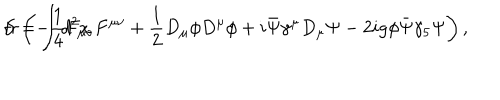
LaTeX: S = \int d ^ { 2 } x \hspace { 1 m m } \mathrm { t r } \left( - \frac { 1 } { 4 } F _ { \mu \nu } F ^ { \mu \nu } + \frac { 1 } { 2 } D _ { \mu } \phi D ^ { \mu } \phi + i \bar { \Psi } \gamma ^ { \mu } D _ { \mu } \Psi - 2 i g \phi \bar { \Psi } \gamma _ { 5 } \Psi \right) ,